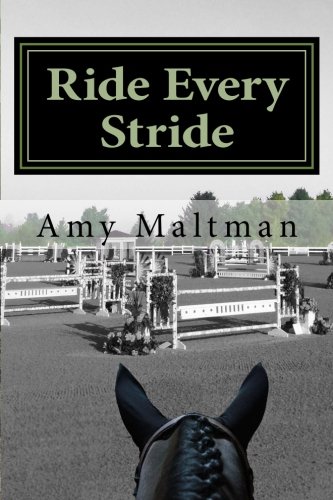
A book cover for Ride Every Stride; Amy Maltman; Literature & Fiction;